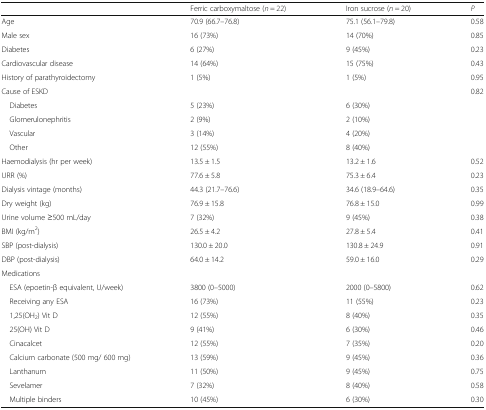
<table><thead><tr><td></td><td><b>Ferric carboxymaltose (<i>n</i> = 22)</b></td><td><b>Iron sucrose (<i>n</i> = 20)</b></td><td><b><i>P</i></b></td></tr></thead><tbody><tr><td>Age</td><td>70.9 (66.7–76.8)</td><td>75.1 (56.1–79.8)</td><td>0.58</td></tr><tr><td>Male sex</td><td>16 (73%)</td><td>14 (70%)</td><td>0.85</td></tr><tr><td>Diabetes</td><td>6 (27%)</td><td>9 (45%)</td><td>0.23</td></tr><tr><td>Cardiovascular disease</td><td>14 (64%)</td><td>15 (75%)</td><td>0.43</td></tr><tr><td>History of parathyroidectomy</td><td>1 (5%)</td><td>1 (5%)</td><td>0.95</td></tr><tr><td>Cause of ESKD</td><td></td><td></td><td>0.82</td></tr><tr><td> Diabetes</td><td>5 (23%)</td><td>6 (30%)</td><td></td></tr><tr><td> Glomerulonephritis</td><td>2 (9%)</td><td>2 (10%)</td><td></td></tr><tr><td> Vascular</td><td>3 (14%)</td><td>4 (20%)</td><td></td></tr><tr><td> Other</td><td>12 (55%)</td><td>8 (40%)</td><td></td></tr><tr><td>Haemodialysis (hr per week)</td><td>13.5 ± 1.5</td><td>13.2 ± 1.6</td><td>0.52</td></tr><tr><td>URR (%)</td><td>77.6 ± 5.8</td><td>75.3 ± 6.4</td><td>0.23</td></tr><tr><td>Dialysis vintage (months)</td><td>44.3 (21.7–76.6)</td><td>34.6 (18.9–64.6)</td><td>0.35</td></tr><tr><td>Dry weight (kg)</td><td>76.9 ± 15.8</td><td>76.8 ± 15.0</td><td>0.99</td></tr><tr><td>Urine volume ≥500 mL/day</td><td>7 (32%)</td><td>9 (45%)</td><td>0.38</td></tr><tr><td>BMI (kg/m<sup>2</sup>)</td><td>26.5 ± 4.2</td><td>27.8 ± 5.4</td><td>0.41</td></tr><tr><td>SBP (post-dialysis)</td><td>130.0 ± 20.0</td><td>130.8 ± 24.9</td><td>0.91</td></tr><tr><td>DBP (post-dialysis)</td><td>64.0 ± 14.2</td><td>59.0 ± 16.0</td><td>0.29</td></tr><tr><td colspan="4">Medications</td></tr><tr><td> ESA (epoetin-β equivalent, U/week)</td><td>3800 (0–5000)</td><td>2000 (0–5800)</td><td>0.62</td></tr><tr><td> Receiving any ESA</td><td>16 (73%)</td><td>11 (55%)</td><td>0.23</td></tr><tr><td> 1,25(OH<sub>2</sub>) Vit D</td><td>12 (55%)</td><td>8 (40%)</td><td>0.35</td></tr><tr><td> 25(OH) Vit D</td><td>9 (41%)</td><td>6 (30%)</td><td>0.46</td></tr><tr><td> Cinacalcet</td><td>12 (55%)</td><td>7 (35%)</td><td>0.20</td></tr><tr><td> Calcium carbonate (500 mg/ 600 mg)</td><td>13 (59%)</td><td>9 (45%)</td><td>0.36</td></tr><tr><td> Lanthanum</td><td>11 (50%)</td><td>9 (45%)</td><td>0.75</td></tr><tr><td> Sevelamer</td><td>7 (32%)</td><td>8 (40%)</td><td>0.58</td></tr><tr><td> Multiple binders</td><td>10 (45%)</td><td>6 (30%)</td><td>0.30</td></tr></tbody></table>